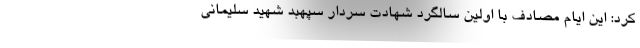
کرد: این ایام مصادف با اولین سالگرد شهادت سردار سپهبد شهید سلیمانی